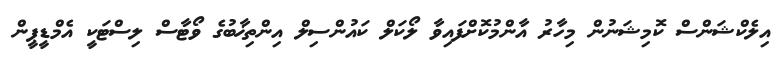
އިލެކްޝަންސް ކޮމިޝަނުން މިހާރު އާންމުކޮށްފައިވާ ލޯކަލް ކައުންސިލް އިންތިޚާބުގެ ވޯޓާސް ލިސްޓަކީ އެމްޑީޕީން